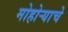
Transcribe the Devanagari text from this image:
मोहोर्‍याचे